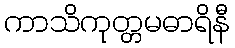
ကာသိကုတ္တမဓာရိနီ